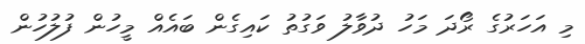
މި އަހަރުގެ ރޯދަ މަހު ދުވާލު ވަގުތު ކައިގެން ބައެއް މީހުން ފުލުހުން